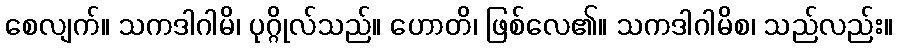
စေလျက်။ သကဒါဂါမိ၊ ပုဂ္ဂိုလ်သည်။ ဟောတိ၊ ဖြစ်လေ၏။ သကဒါဂါမိစ၊ သည်လည်း။